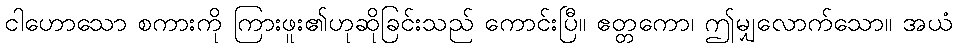
ငါဟောသော စကားကို ကြားဖူး၏ဟုဆိုခြင်းသည် ကောင်းပြီ။ ဧတ္တကော၊ ဤမျှလောက်သော။ အယံ